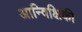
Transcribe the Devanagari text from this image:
आन्विक्षिकी